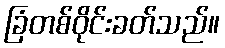
ခြံတစ်ဝိုင်းခတ်သည်။